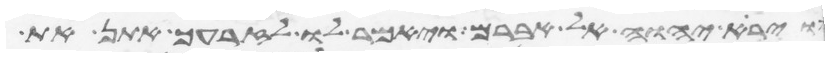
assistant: וירא יהוה אל אברם ויאמר לו לזרעך אתן את